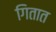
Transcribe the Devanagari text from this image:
गितात